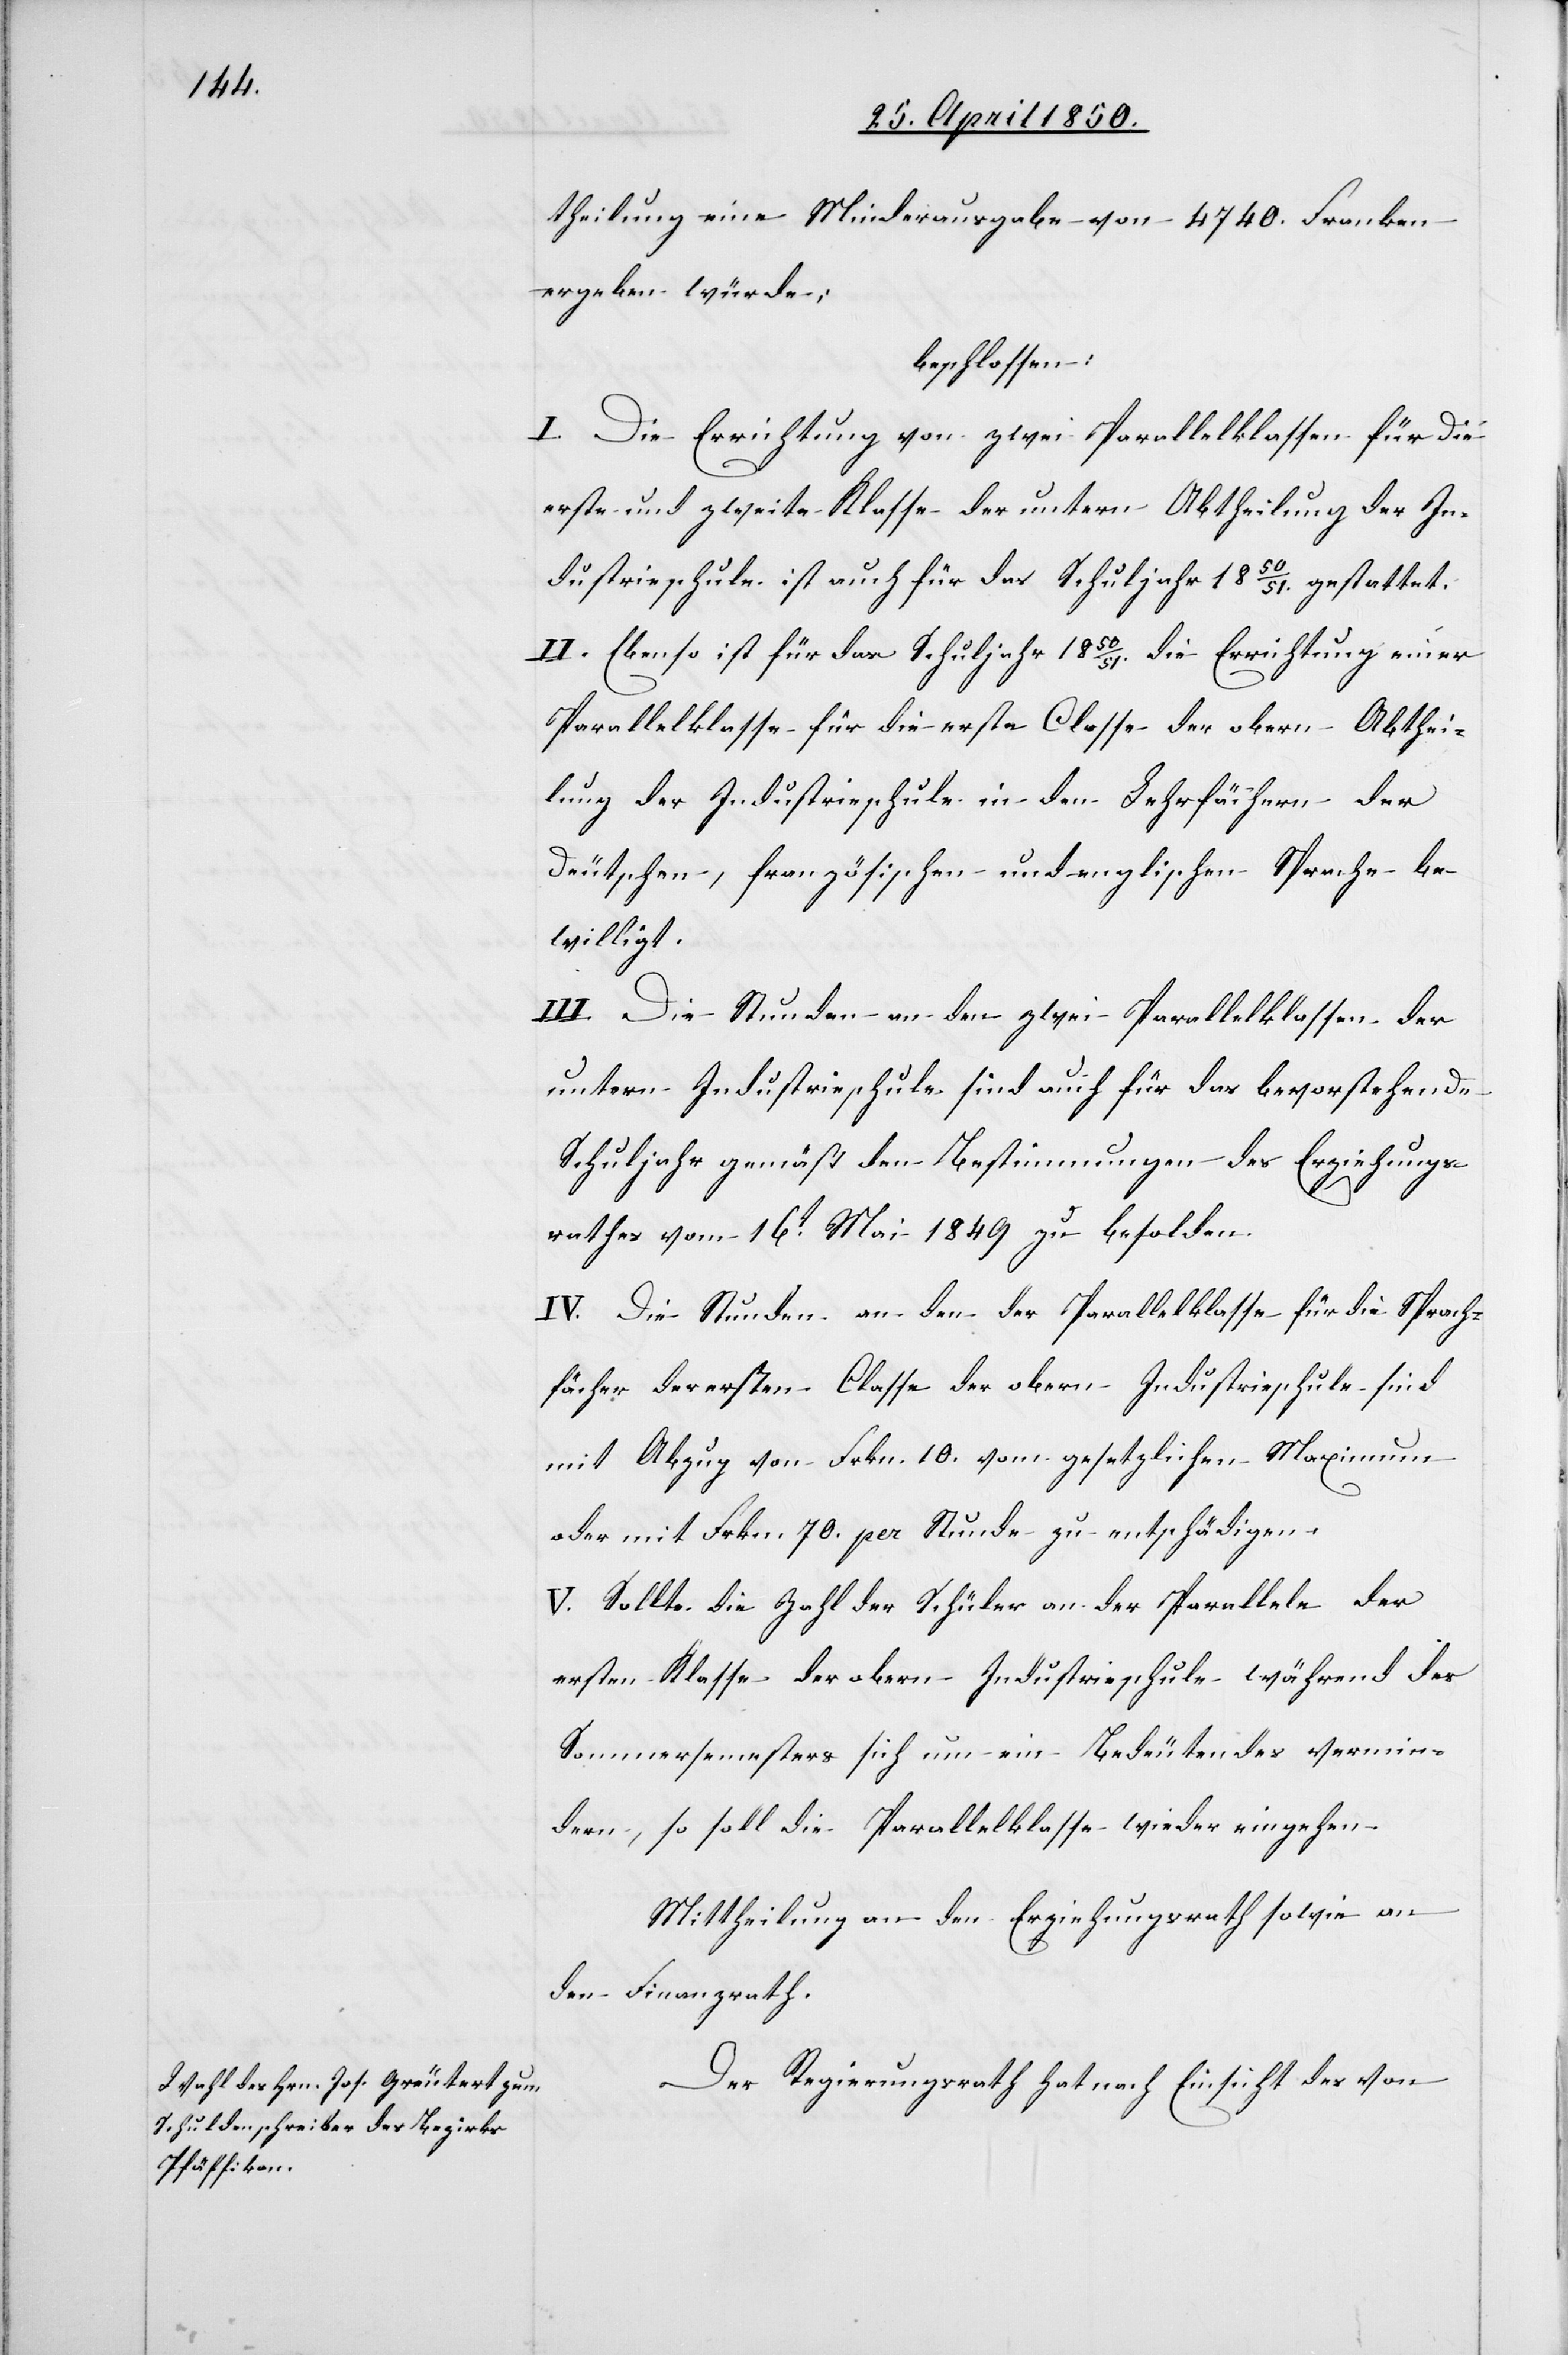
theilung eine Minderausgabe von 4740. Franken
ergeben würde;
beschlossen:
I. Die Errichtung von zwei Parallelklassen für die
erste und zweite Klasse der untern Abtheilung der In¬
dustrieschule ist auch für das Schuljahr 1850/51. gestattet.
II. Ebenso ist für das Schuljahr 1850/51. die Errichtung einer
Parallelklasse für die erste Classe der obern Abthei¬
lung der Industrieschule in den Lehrfächern der
Deutschen, französischen und englischen Sprache be¬
willigt.
III. Die Stunden an den zwei Parallelklassen der
untern Industrieschule sind auch für das bevorstehende
Schuljahr gemäß den Bestimmungen des Erziehungs¬
rathes vom 16t Mai 1849 zu besolden.
IV. Die Stunden an den der [sic!] Parallelklasse für die Sprach¬
fächer der ersten Classe der obern Industrieschule sind
mit Abzug von Frkn. 10. vom gesetzlichen Maximum
oder mit Frkn. 70. per Stunde zu entschädigen.
V. Sollte die Zahl der Schüler an der Parallele der
ersten Klasse der obern Industrieschule während des
Sommersemesters sich um ein Bedeutendes vermin¬
dern, so soll die Parallelklasse wieder eingehen
Mittheilung an den Erziehungsrath sowie an
den Finanzrath.
Der Regierungsrath hat nach Einsicht des von